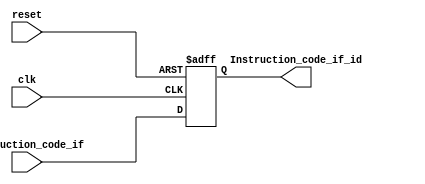
`timescale 1ns / 1ps

module IF_ID_register(
input clk,
input reset,
input [7:0]Instruction_code_if,
//input regwrite,
output reg [7:0]Instruction_code_if_id
//output reg regwrite_if_id
    );
always@(posedge clk, negedge reset)
if(reset == 0)
begin
    Instruction_code_if_id = 8'b0;
	 //regwrite_if_id = 0;
end
else
begin
    Instruction_code_if_id = Instruction_code_if;
	 //regwrite_if_id = regwrite;
end
endmodule